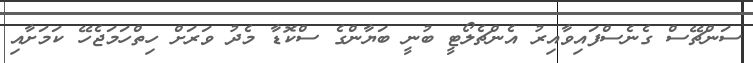
ސަންޗޭސް ގެނެސްފައިވާއިރު އެންޗެލޯޓީ ބުނީ ބަޔާންގެ ސްކޮޑާ މެދު ވަރަށް ހިތްހަމަޖެހޭ ކަމަށާއި